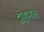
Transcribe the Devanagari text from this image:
द्रोहानल